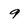
Character: 9